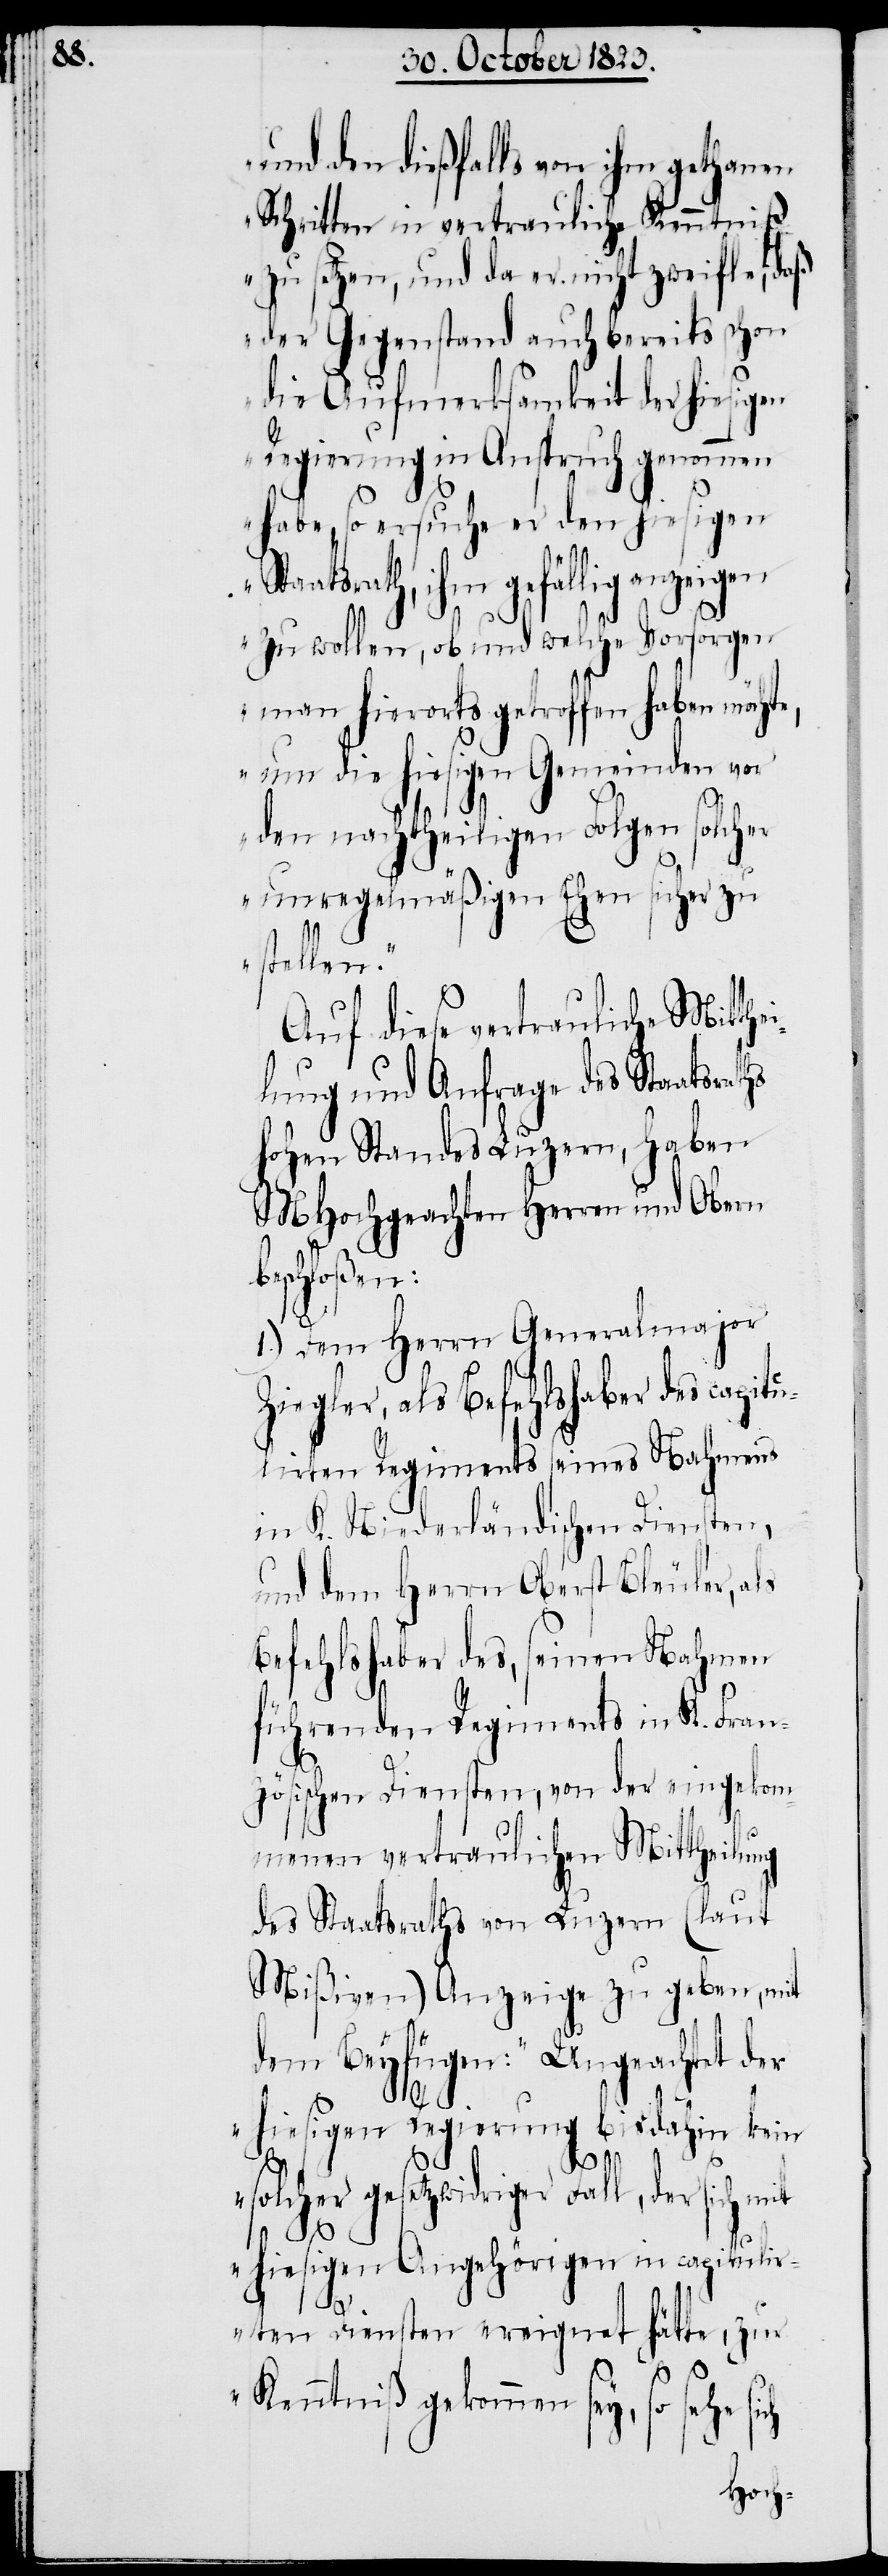
b¬

und den dießfalls von ihm gethanen
Schritten in vertrauliche Kenntniß
zu setzen, und da er nicht zweifle, daß
der Gegenstand auch bereits schon
die Aufmerksamkeit der hiesigen
Regierung in Anspruch genommen
habe, so ersuche er den hiesigen
Staatsrath, ihm gefällig anzei¬
zu wollen, ob und welche Vorsorgen
man hierorts getroffen haben möcht¬
um die hiesigen Gemeinden vor
den nachtheiligen Folgen solcher
unregelmäßigen Ehen sicher zu
stellen.“
Auf diese vertrauliche Mitthe¬
ilung und Anfrage des Staatsraths
hohen Standes Luzern, haben
MHochgeachten Herren und Obern
eschloßen:
1.) Dem Herrn Generalmajor
Ziegler, als Befehlshaber des capit¬
ulirten Regiments seines Nahmens
in K. Niederländischen Diensten,
und dem Herrn Oberst Bleuler, als
Befehlshaber des, seinen Nahmen
führenden Regiments in K. Fran¬
zösischen Diensten, von der eingekom¬
menen vertraulichen Mittheilung
des Staatsraths von Luzern (laut
Mißiven) Anzeige zu geben, mit
dem Beyfügen: „Ungeachtet der
ich
hiesigen Regierung bis dahin kein
solcher gesetzwidriger Fall, der sich mit
e,
hiesigen Angehörigen in capitulir¬
gen
ten Diensten ereignet hätte, zur
Kenntniß gekommen sey, so sehe s¬